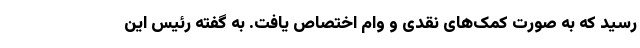
رسید که به صورت کمک‌های نقدی و وام اختصاص یافت. به گفته رئیس این